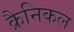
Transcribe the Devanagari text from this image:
क्रैनिकल